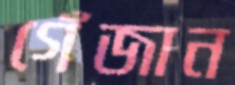
গেঁজান